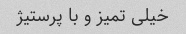
خیلی تمیز و با پرستیژ